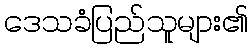
ဒေသခံပြည်သူများ၏